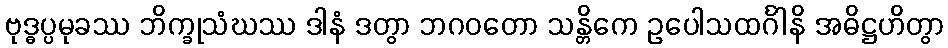
ဗုဒ္ဓပ္ပမုခဿ ဘိက္ခုသံဃဿ ဒါနံ ဒတွာ ဘဂဝတော သန္တိကေ ဥပေါသထင်္ဂါနိ အဓိဋ္ဌဟိတွာ